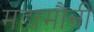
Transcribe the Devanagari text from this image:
महामौनी